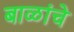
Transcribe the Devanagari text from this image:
बाळांचे